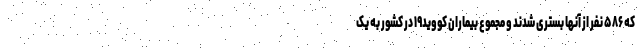
که ۵۸۶ نفر از آنها بستری شدند و مجموع بیماران کووید۱۹ در کشور به یک